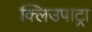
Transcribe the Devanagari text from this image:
क्लिउपाट्रा